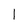
Character: 1